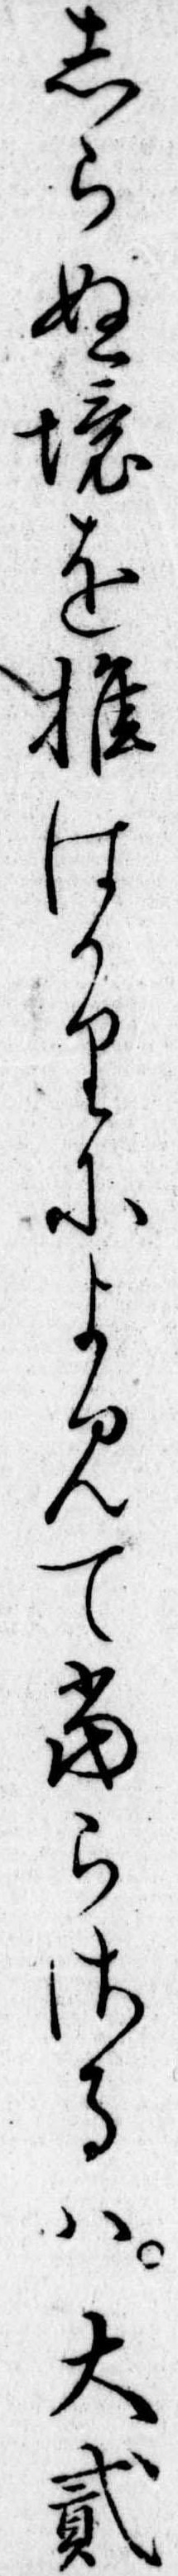
しらぬ境を推はかりによみて当らさるは大弐